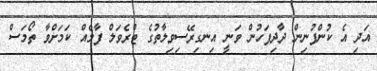
އަދި އެ ކުންފުނިން ދާދިފަހުން ވަނީ އިނގިރޭސިވިލާތުގެ ޓްރެވަލް ފާމެއް ކަމަށްވާ ތޯމަސް